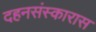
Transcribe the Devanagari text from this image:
दहनसंस्कारास